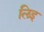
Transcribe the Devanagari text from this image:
लिइ